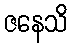
ဇနေသိ